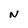
Character: N